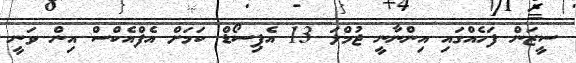
ސީޒަން ފަހެއްގައި އިންނާނީ ޖުމްލަ 13 އެޕިސޯޑް ކަމަށް އެފްއެކްސް އިން ވަނީ